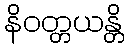
နိဝတ္တယန္တိ